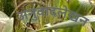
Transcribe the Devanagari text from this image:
अनुवादलेखन